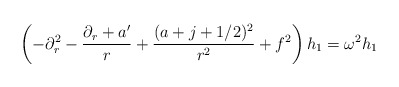
\begin{align*}\left(-\partial_r^2 -{{\partial_r+a'}\over r} +{(a+j+1/2)^2\over r^2} +f^2\right) h_1= \omega^2 h_1\end{align*}